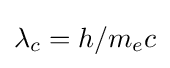
\lambda _{c}=h/m_{e}c